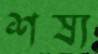
শষ্য